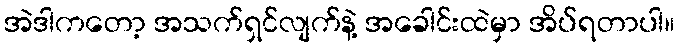
အဲဒါကတော့ အသက်ရှင်လျက်နဲ့ အခေါင်းထဲမှာ အိပ်ရတာပါ။